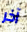
آخر